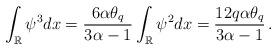
LaTeX: \begin{align*} \int_{\mathbb R} \psi^3dx=\frac{6\alpha \theta_q}{3\alpha-1} \int_{\mathbb R} \psi^2 dx= \frac{12q\alpha \theta_q}{3\alpha-1} \, .\end{align*}